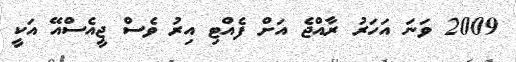
2009 ވަނަ އަހަރު ރާއްޖެ އަށް ފެއްްޓި އިރު ވެސް ޖީއެސްއޭ އަކީ